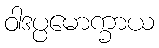
ဝါဒပ္ပမောက္ခာယ